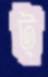
ট্